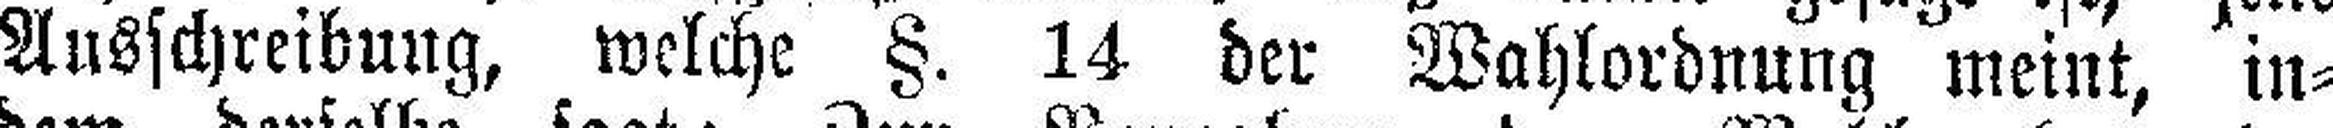
Ausschreibung, welche §. 14 der Wahlordnung meint, in¬